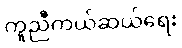
ကူညီကယ်ဆယ်ရေး